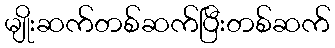
မျိုးဆက်တစ်ဆက်ပြီးတစ်ဆက်